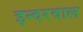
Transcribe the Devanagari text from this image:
इन्दरवाल